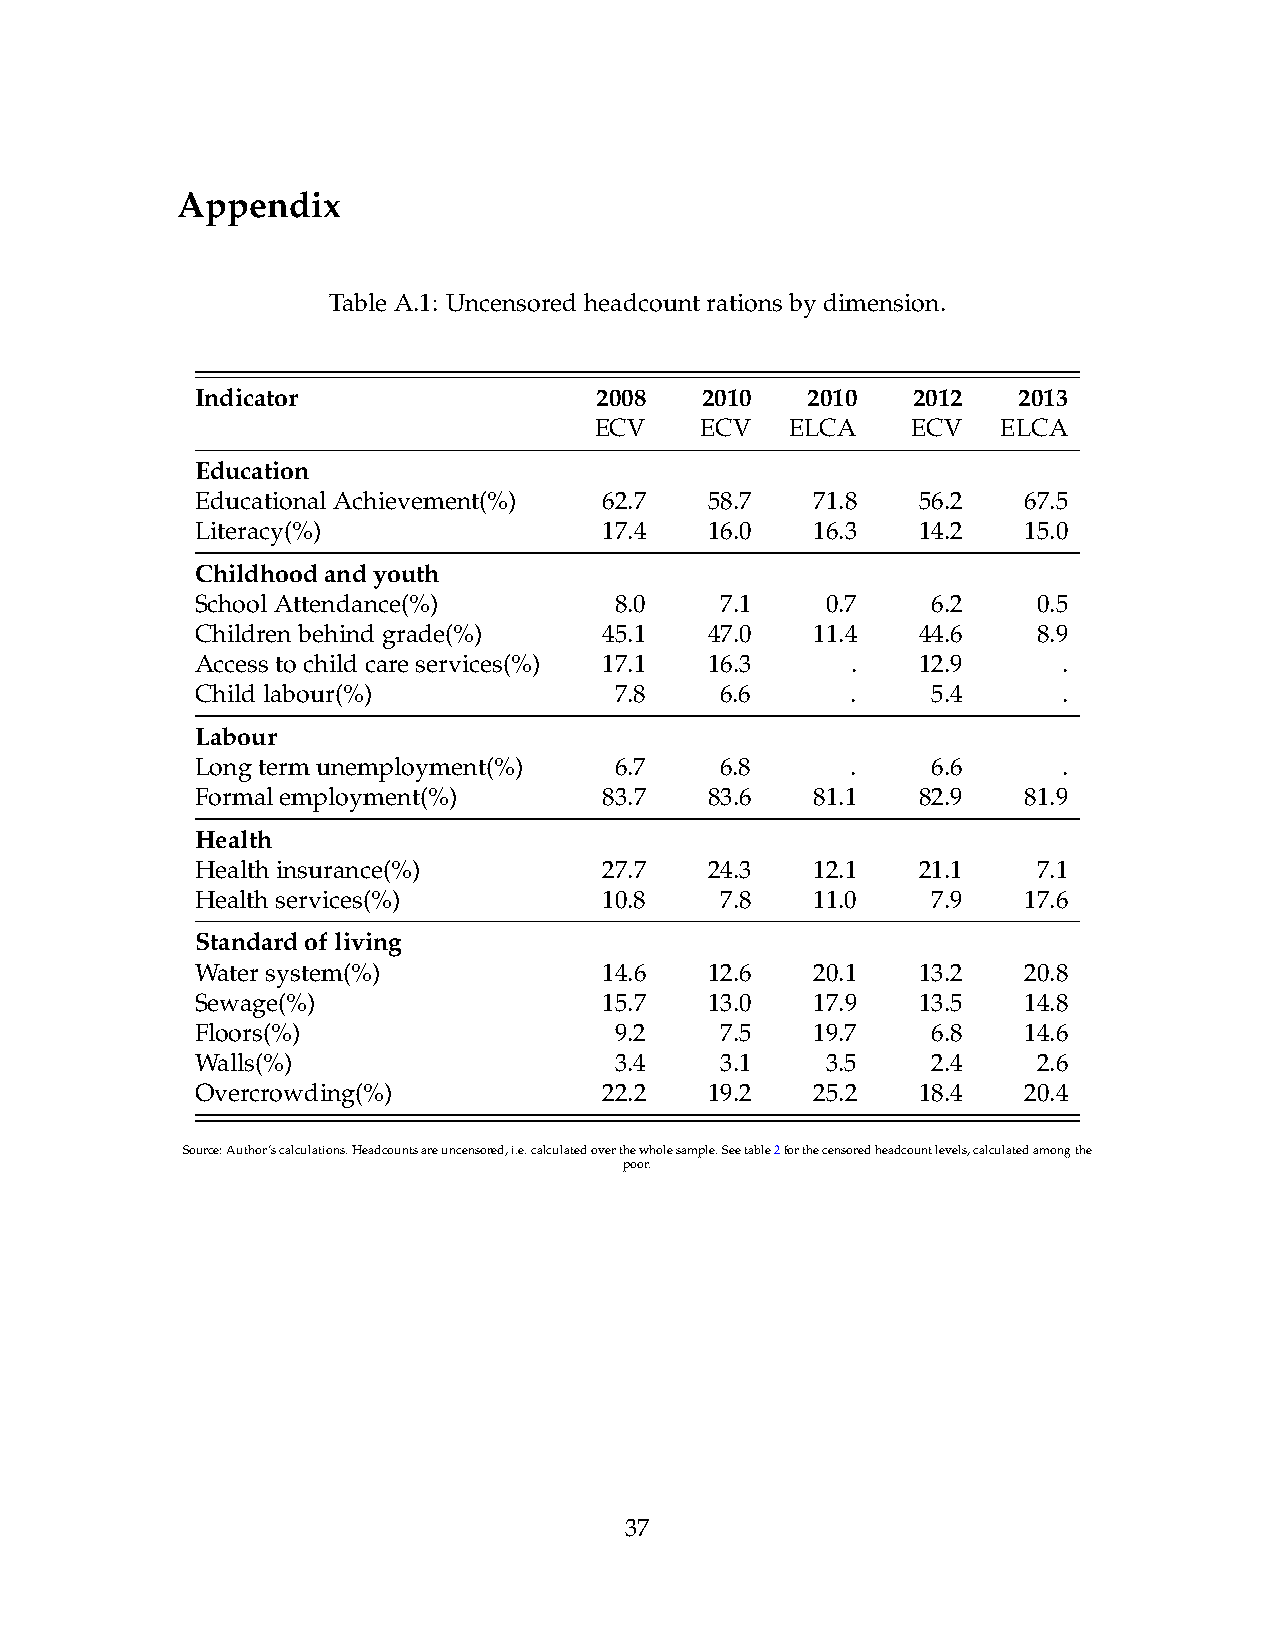
Appendix
 TableA.1: Uncensoredheadcountrationsbydimension.
 Indicator                 2008   2010   2010   2012   2013
 ECV    ECV   ELCA    ECV   ELCA
 Education
 EducationalAchievement(%)  62.7   58.7   71.8   56.2   67.5
 Literacy(%)                17.4   16.0   16.3   14.2   15.0
 Childhoodandyouth
 SchoolAttendance(%)         8.0    7.1    0.7    6.2    0.5
 Childrenbehindgrade(%)     45.1   47.0   11.4   44.6    8.9
 Accesstochildcareservices(%) 17.1 16.3     .    12.9     .
 Childlabour(%)              7.8    6.6     .     5.4     .
 Labour
 Longtermunemployment(%)     6.7    6.8     .     6.6     .
 Formalemployment(%)        83.7   83.6   81.1   82.9   81.9
 Health
 Healthinsurance(%)         27.7   24.3   12.1   21.1    7.1
 Healthservices(%)          10.8    7.8   11.0    7.9   17.6
 Standardofliving
 Watersystem(%)             14.6   12.6   20.1   13.2   20.8
 Sewage(%)                  15.7   13.0   17.9   13.5   14.8
 Floors(%)                   9.2    7.5   19.7    6.8   14.6
 Walls(%)                    3.4    3.1    3.5    2.4    2.6
 Overcrowding(%)            22.2   19.2   25.2   18.4   20.4
 Source:Author’scalculations.Headcountsareuncensored,i.e.calculatedoverthewholesample.Seetable2forthecensoredheadcountlevels,calculatedamongthe
 poor.
 37